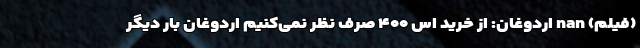
(فیلم) nan اردوغان: از خرید اس ۴۰۰ صرف نظر نمی‌کنیم اردوغان بار دیگر